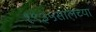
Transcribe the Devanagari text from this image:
१९३५सालच्या